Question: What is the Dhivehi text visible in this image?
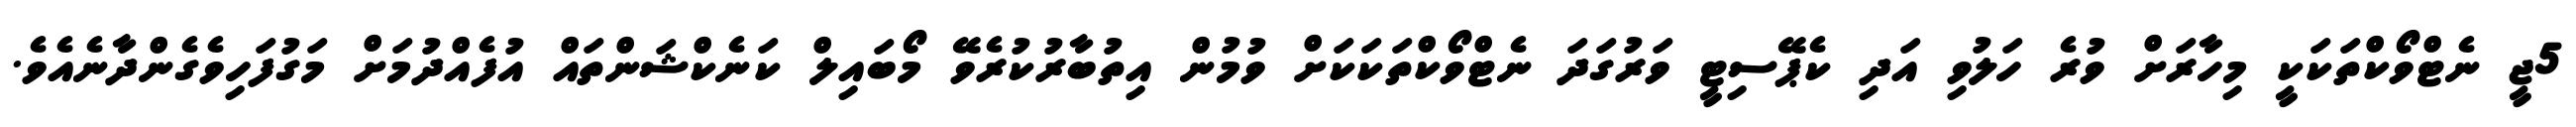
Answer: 5ޖީ ނެޓްވޯކްތަކަކީ މިހާރަށް ވުރެ ހަލުވި އަދި ކެޕޭސިޓީ ވަރުގަދަ ނެޓްވޯކްތަކަކަށް ވުމުން އިތުބާރުކުރެވޭ މޯބައިލް ކަނެކްޝަންތައް އުފެއްދުމަށް މަގުފަހިވެގެންދާނެއެވެ.